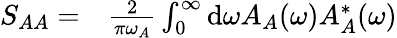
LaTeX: \begin{array}{rl}{S_{AA}=}&{{}\frac{2}{\pi\omega_{A}}\int_{0}^{\infty}\mathrm{d}\omega A_{A}(\omega)A_{A}^{*}(\omega)}\end{array}